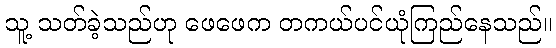
သူ့ သတ်ခဲ့သည်ဟု ဖေဖေက တကယ်ပင်ယုံကြည်နေသည်။